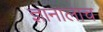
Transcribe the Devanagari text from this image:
ज्ञानालाच